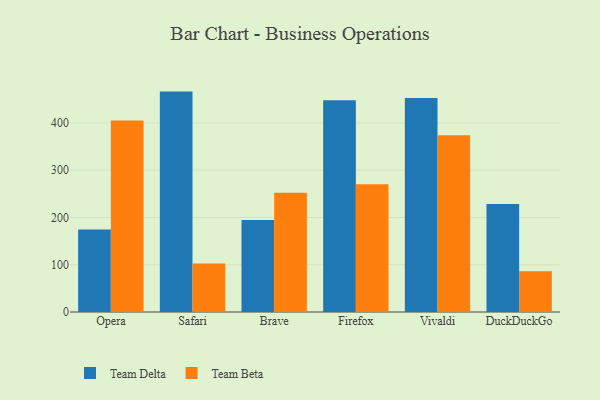
{"axis": {"x": "Browser", "y": "Temperature (°C)"}, "legend": ["Team Beta", "Team Delta"], "data": [{"x": "Opera", "y": 174.3, "type": "Team Delta"}, {"x": "Opera", "y": 405.3, "type": "Team Beta"}, {"x": "Safari", "y": 466.3, "type": "Team Delta"}, {"x": "Safari", "y": 102.6, "type": "Team Beta"}, {"x": "Brave", "y": 194.4, "type": "Team Delta"}, {"x": "Brave", "y": 252.5, "type": "Team Beta"}, {"x": "Firefox", "y": 447.9, "type": "Team Delta"}, {"x": "Firefox", "y": 270.4, "type": "Team Beta"}, {"x": "Vivaldi", "y": 452.5, "type": "Team Delta"}, {"x": "Vivaldi", "y": 374.1, "type": "Team Beta"}, {"x": "DuckDuckGo", "y": 228.4, "type": "Team Delta"}, {"x": "DuckDuckGo", "y": 86.0, "type": "Team Beta"}]}